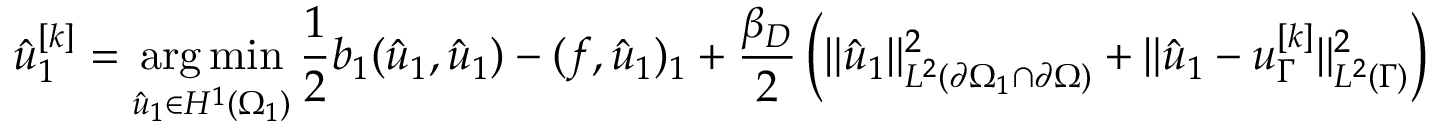
\hat { u } _ { 1 } ^ { [ k ] } = \operatorname * { a r g \, m i n } _ { \hat { u } _ { 1 } \in H ^ { 1 } ( \Omega _ { 1 } ) } \frac 1 2 b _ { 1 } ( \hat { u } _ { 1 } , \hat { u } _ { 1 } ) - ( f , \hat { u } _ { 1 } ) _ { 1 } + \frac { \beta _ { D } } { 2 } \left( \lVert \hat { u } _ { 1 } \rVert _ { L ^ { 2 } ( \partial \Omega _ { 1 } \cap \partial \Omega ) } ^ { 2 } + \lVert \hat { u } _ { 1 } - u _ { \Gamma } ^ { [ k ] } \rVert _ { L ^ { 2 } ( \Gamma ) } ^ { 2 } \right)